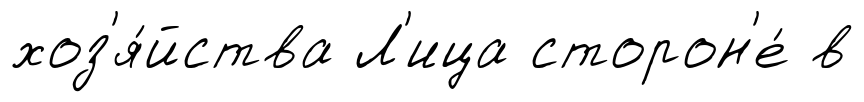
хоз'я́йства Л'ица сторон'е́ в